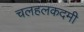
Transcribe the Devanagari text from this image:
चलहलकदमी